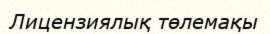
Лицензиялық төлемақы